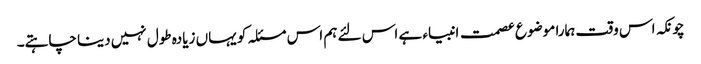
چونکہ اس وقت ہمارا موضوع عصمت انبیاء ہے اس لئے ہم اس مسئلہ کو یہاں زیادہ طول نہیں دینا چاہتے۔